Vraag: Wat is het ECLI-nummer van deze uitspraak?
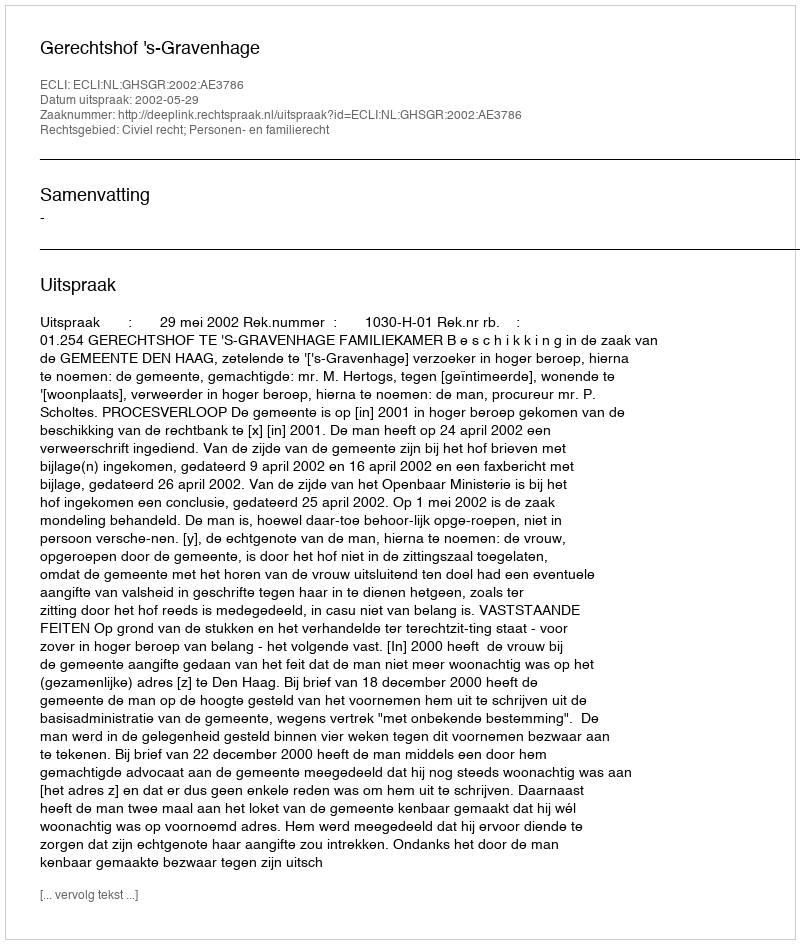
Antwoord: ECLI:NL:GHSGR:2002:AE3786